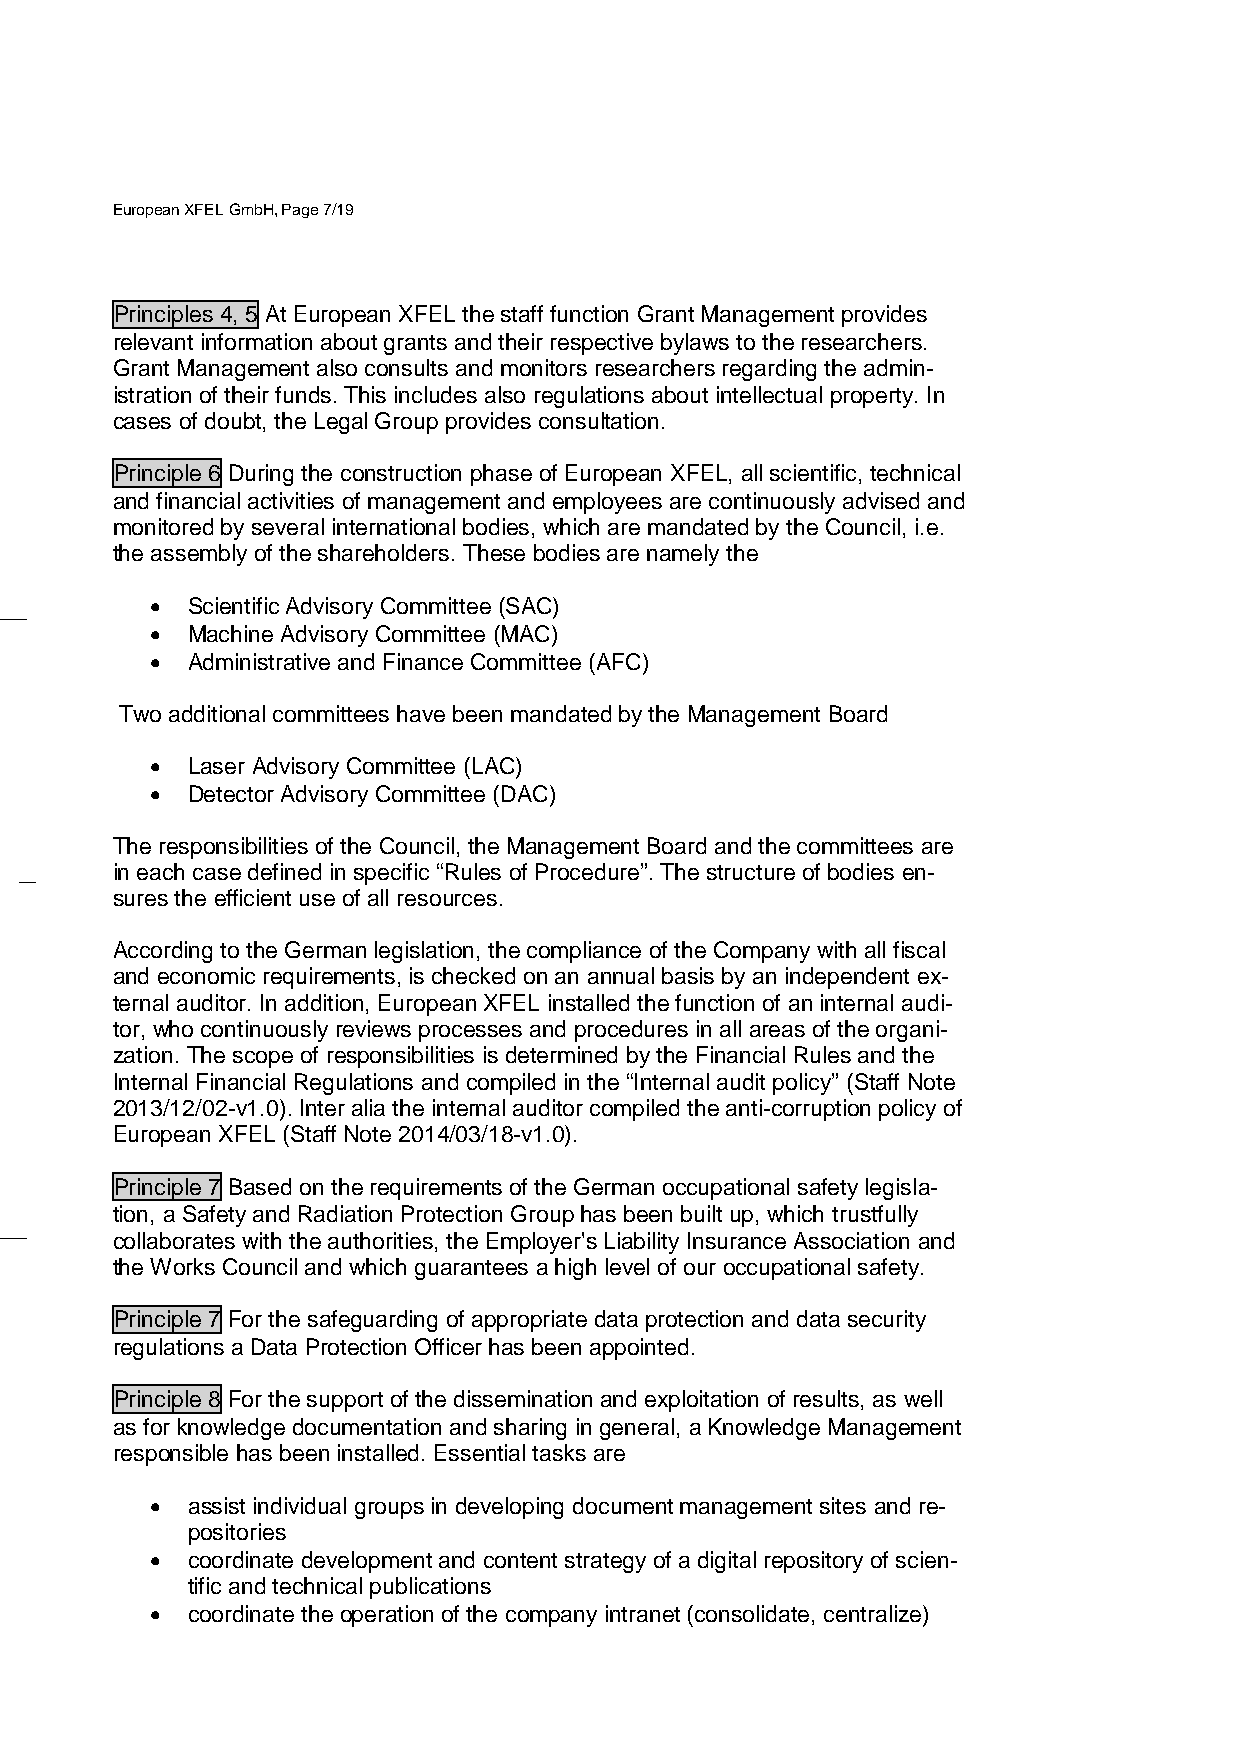
European XFEL GmbH, Page 7/19
 Principles 4, 5 At European XFEL the staff function Grant Management provides
 relevant information about grants and their respective bylaws to the researchers.
 Grant Management also consults and monitors researchers regarding the admin-
 istration of their funds. This includes also regulations about intellectual property. In
 cases of doubt, the Legal Group provides consultation.
 Principle 6 During the construction phase of European XFEL, all scientific, technical
 and financial activities of management and employees are continuously advised and
 monitored by several international bodies, which are mandated by the Council, i.e.
 the assembly of the shareholders. These bodies are namely the
 • Scientific Advisory Committee (SAC)
 • Machine Advisory Committee (MAC)
 • Administrative and Finance Committee (AFC)
 Two additional committees have been mandated by the Management Board
 • Laser Advisory Committee (LAC)
 • Detector Advisory Committee (DAC)
 The responsibilities of the Council, the Management Board and the committees are
 in each case defined in specific “Rules of Procedure”. The structure of bodies en-
 sures the efficient use of all resources.
 According to the German legislation, the compliance of the Company with all fiscal
 and economic requirements, is checked on an annual basis by an independent ex-
 ternal auditor. In addition, European XFEL installed the function of an internal audi-
 tor, who continuously reviews processes and procedures in all areas of the organi-
 zation. The scope of responsibilities is determined by the Financial Rules and the
 Internal Financial Regulations and compiled in the “Internal audit policy” (Staff Note
 2013/12/02-v1.0). Inter alia the internal auditor compiled the anti-corruption policy of
 European XFEL (Staff Note 2014/03/18-v1.0).
 Principle 7 Based on the requirements of the German occupational safety legisla-
 tion, a Safety and Radiation Protection Group has been built up, which trustfully
 collaborates with the authorities, the Employer's Liability Insurance Association and
 the Works Council and which guarantees a high level of our occupational safety.
 Principle 7 For the safeguarding of appropriate data protection and data security
 regulations a Data Protection Officer has been appointed.
 Principle 8 For the support of the dissemination and exploitation of results, as well
 as for knowledge documentation and sharing in general, a Knowledge Management
 responsible has been installed. Essential tasks are
 • assist individual groups in developing document management sites and re-
 positories
 • coordinate development and content strategy of a digital repository of scien-
 tific and technical publications
 • coordinate the operation of the company intranet (consolidate, centralize)